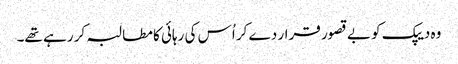
وہ دیپک کو بے قصور قرار دے کر اُس کی رہائی کا مطالبہ کر رہے تھے۔